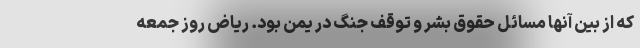
که از بین آنها مسائل حقوق بشر و توقف جنگ در یمن بود. ریاض روز جمعه